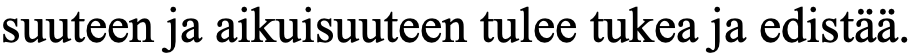
suuteen ja aikuisuuteen tulee tukea ja edistää.